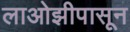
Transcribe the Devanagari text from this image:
लाओझीपासून